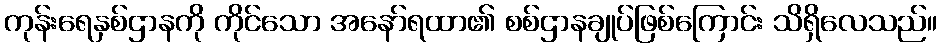
ကုန်းရေနှစ်ဌာနကို ကိုင်သော အနော်ရထာ၏ စစ်ဌာနချုပ်ဖြစ်ကြောင်း သိရှိလေသည်။